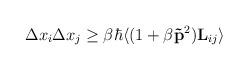
LaTeX: \begin{align*}\Delta x_i \Delta x_j \ge \beta \hbar \langle (1+\beta{{\bf \vec{p}}}^2){\bf{L}}_{ij}\rangle\end{align*}